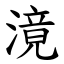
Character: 滰